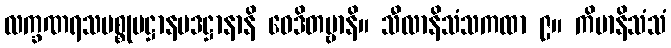
လက္ခဏရသပစ္စုပဋ္ဌာနပဒဋ္ဌာနာနိ ဝေဒိတဗ္ဗာနိ။ သီလာနိသံသကထာ ၉။ ကိမာနိသံသံ